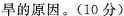
旱的原因。(10分)